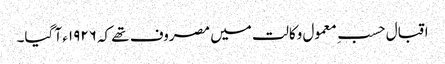
اقبال حسبِ معمول وکالت میں مصروف تھے کہ ١٩٢٦ء آ گیا۔